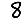
Digit: 8